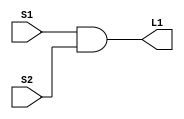
module And_Gate 
(input S1,
input S2,
output L1);

assign L1 = S1 & S2;

endmodule

/*
module And_Gate (
    input wire S1,
    input wire S2,
    output reg L1
);

    always @* begin
        L1 = S1 & S2;
    end

endmodule
*/